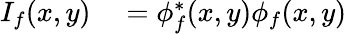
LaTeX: \begin{array}{rl}{I_{f}(x,y)}&{{}=\phi_{f}^{*}(x,y)\phi_{f}(x,y)}\end{array}